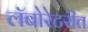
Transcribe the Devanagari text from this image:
लॅबोरेटरीत